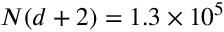
N ( d + 2 ) = 1 . 3 \times 1 0 ^ { 5 }